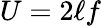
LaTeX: U=2\ell f